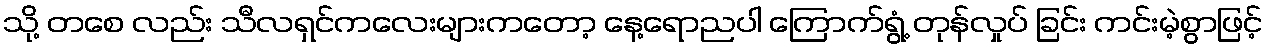
သို့ တစေ လည်း သီလရှင်ကလေးများကတော့ နေ့ရောညပါ ကြောက်ရွံ့ တုန်လှုပ် ခြင်း ကင်းမဲ့စွာဖြင့်